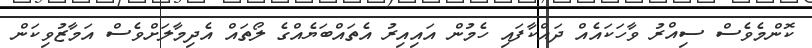
ކޮންމެވެސް ސިއްރު ވާހަކައެއް ދައްކާފައި ހެމުން އައިއިރު އެތައްބަޔެއްގެ ލޯތައް އެދިމާލަށްވެސް އަމާޒުވިކަން